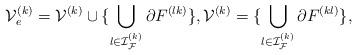
LaTeX: \begin{align*} \mathcal{V}_e^{(k)} = \mathcal{V}^{(k)}\cup \{\bigcup_{l\in{\mathcal{I}}_{\mathcal{F}}^{(k)}}\partial F^{(lk)} \}, \mathcal{V}^{(k)} = \{\bigcup_{l\in{\mathcal{I}}_{\mathcal{F}}^{(k)}}\partial F^{(kl)}\}, \end{align*}